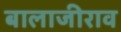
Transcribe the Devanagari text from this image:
बालाजीराव